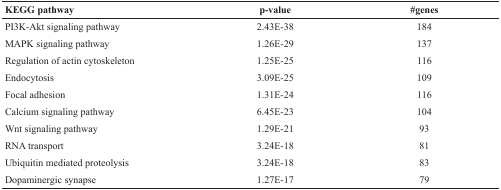
| KEGG pathway | p-value | #genes |
 | --- | --- | --- |
 | PI3K-Akt signaling pathway | 2.43E-38 | 184 |
 | MAPK signaling pathway | 1.26E-29 | 137 |
 | Regulation of actin cytoskeleton | 1.25E-25 | 116 |
 | Endocytosis | 3.09E-25 | 109 |
 | Focal adhesion | 1.31E-24 | 116 |
 | Calcium signaling pathway | 6.45E-23 | 104 |
 | Wnt signaling pathway | 1.29E-21 | 93 |
 | RNA transport | 3.24E-18 | 81 |
 | Ubiquitin mediated proteolysis | 3.24E-18 | 83 |
 | Dopaminergic synapse | 1.27E-17 | 79 |